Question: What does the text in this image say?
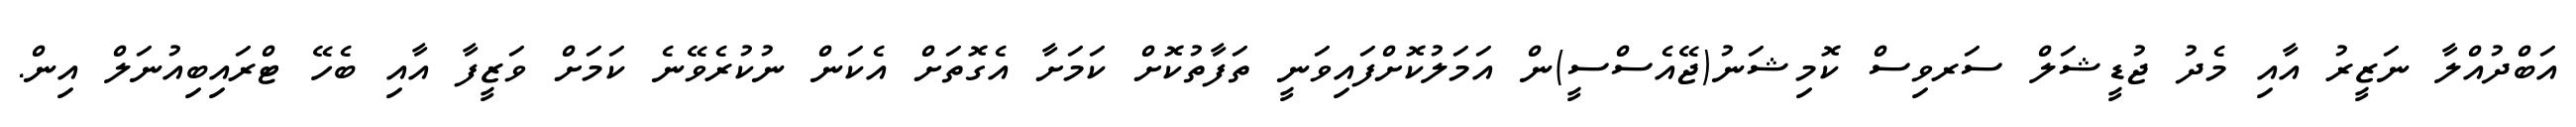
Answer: އަބްދުއްލާ ނަޒީރު އާއި މެދު ޖުޑީޝަލް ސަރވިސް ކޮމިޝަނު(ޖޭއެސްސީ)ން އަމަލުކޮށްފައިވަނީ ތަފާތުކޮށް ކަމަށާ އެގޮތަށް އެކަން ނުކުރެވޭނެ ކަމަށް ވަޒީފާ އާއި ބެހޭ ޓްރައިބިއުނަލް އިން.